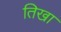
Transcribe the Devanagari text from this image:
तिखा